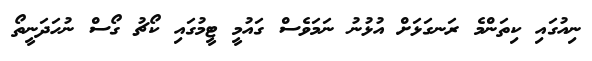
ނިއުގައި ކިތަންމެ ރަނގަޅަށް އުޅުނު ނަމަވެސް ގައުމީ ޓީމުގައި ކޯޗު ގޯސް ނުހަދަނީތޯ